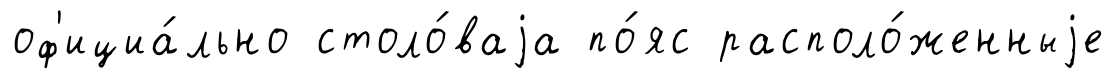
оф'ициа́льно столо́ваjа по́яс располо́женныjе